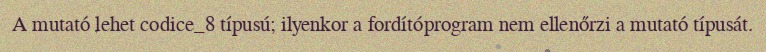
A mutató lehet codice_8 típusú; ilyenkor a fordítóprogram nem ellenőrzi a mutató típusát.